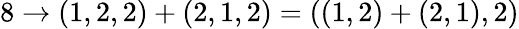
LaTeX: \begin{array}{r}{8\rightarrow(1,2,2)+(2,1,2)=((1,2)+(2,1),2)}\end{array}